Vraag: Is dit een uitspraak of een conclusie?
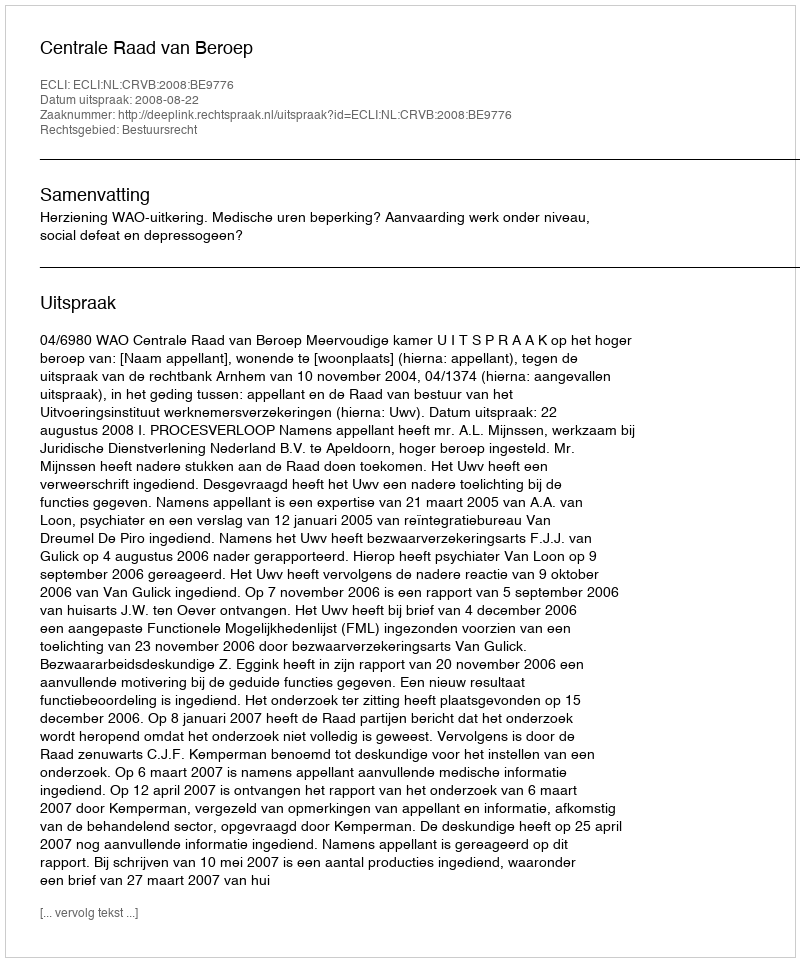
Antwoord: Uitspraak